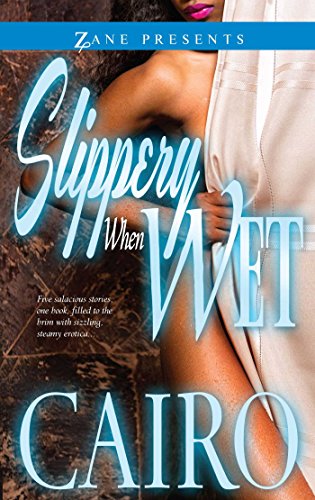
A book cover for Slippery When Wet: A Novel (Zane Presents); Cairo; Romance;